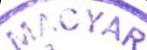
MAGYAR